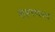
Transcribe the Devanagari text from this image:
शहरावरच